Leaving Certificate Examination, 1913
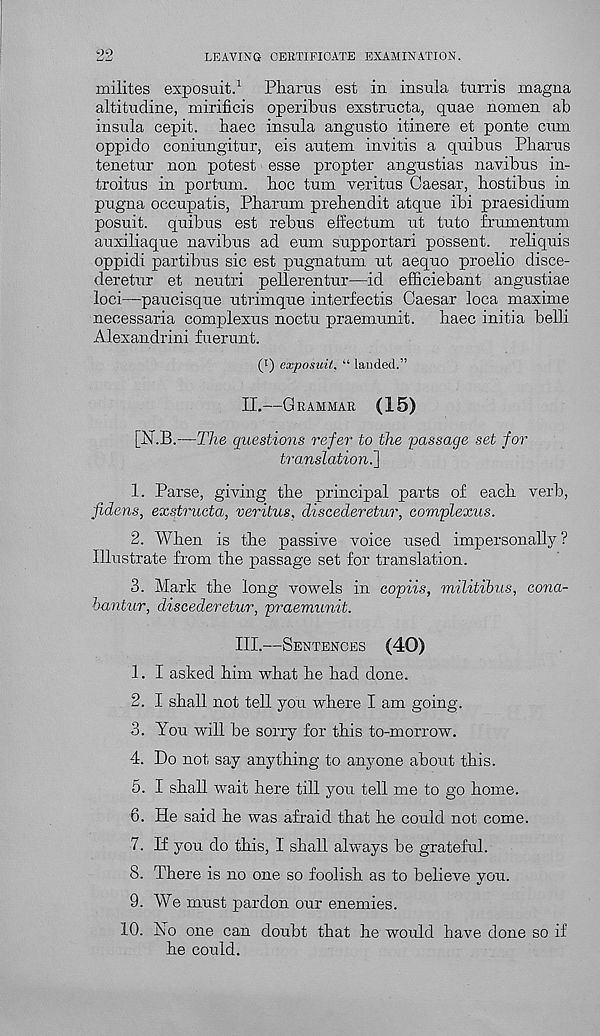
22
LEAVING CERTIFICATE EXAMINATION.
milites exposuit. 1 Pliarus est in insula turns magna
altitudine, mirificis operibus exstructa, quae nomen ab
insula cepit. haec insula angusto itinere et ponte cum
oppido coniungitur, eis autem invitis a quibus Pharos
tenetur non potest esse propter angustias navibus in-
troitus in portum. hoc turn veritus Caesar, hostibus in
pugna occupatis, Pharum prehendit atque ibi praesidium
posuit. quibus est rebus effectum ut tuto frumentum
auxiliaque navibus ad eum supportari possent. reliquis
oppidi partibus sic est pugnatum ut aequo proelio disce-
deretur et neutri pellerentur—id efficiebant angustiae
loci—paucisque utrimque interfectis Caesar loca maxime
necessaria complexus noctu praemunit. haec initia belli
Alexandrini fuerunt.
(i) exposuit, “ landed.”
II.
—
[N.B.—The questions refer to the passage set for
translation^]
1. Parse, giving the principal parts of each verb,
fidens, exstructa, veritus, discederetur, complexus.
2. When is the passive voice used impersonally ?
Illustrate from the passage set for translation.
3. Mark the long vowels in copiis, militibus, cona-
hantur, discederetur, praemunit.
III.
—
1. I asked him what he had done.
2. I shall not tell you where I am going.
3. You will be sorry for this to-morrow.
4. Do not say anything to anyone about this.
5. I shall wait here till you tell me to go home.
6. He said he was afraid that he could not come.
7. If you do this, I shall always be grateful.
8. There is no one so foolish as to believe you.
9. We must pardon our enemies.
10.
No one can doubt
he could.